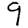
Digit: 9